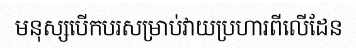
មនុស្សបើកបរសម្រាប់វាយប្រហារពីលើដែន